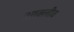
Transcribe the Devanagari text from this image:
आक्लीव